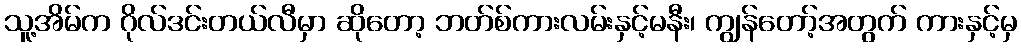
သူ့အိမ်က ဂိုလ်ဒင်းတယ်လီမှာ ဆိုတော့ ဘတ်စ်ကားလမ်းနှင့်မနီး၊ ကျွန်တော့်အတွက် ကားနှင့်မှ